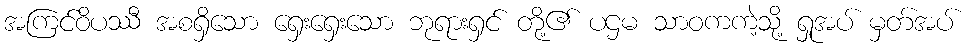
အကြင်ဝိပဿီ အစရှိသော ရှေးရှေးသော ဘုရားရှင် တို့၏ ပဌမ သာဝကကဲ့သို့ ရှုအပ် မှတ်အပ်